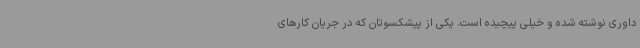
داوری نوشته شده و خیلی پیچیده است. یکی از پیشکسوتان که در جریان کارهای